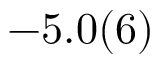
- 5 . 0 ( 6 )